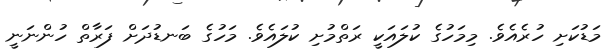
މަޑުކަށި ހުރެއެވެ. މިމަހުގެ ކުލައަކީ ރަތްމުށި ކުލައެވެ. މަހުގެ ބަނޑުދަށް ފަރާތް ހުންނަނީ